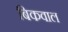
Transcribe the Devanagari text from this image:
बिकवाल